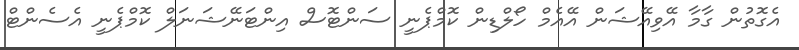
އެގޮތުން ގާމާ އޭވިއޭޝަން އޭއެމް ހޯލްޑިން ކޮމްޕެނީ ސަންޓޮސް އިންޓަނޭޝަނަލް ކޮމްޕެނީ އެސެންޓް